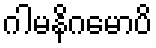
ဂါမနိဂမောပိ